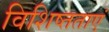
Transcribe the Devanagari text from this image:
विशिष्तताएं